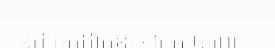
ឪជាអ្នកដាក់ឱ្យ»។ក្រោយពេល